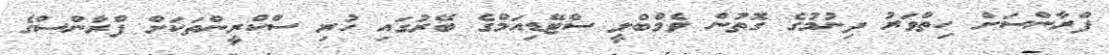
ފްރާންްސަށް ހިތްވަރު ދިނުމުގެ ގޮތުން ވެމްބްލީ ސްޓޭޑިއަމްގެ ބޭރުގައި ހުރި ސްކްރީންތަކަށް ފްރާންސްގެ